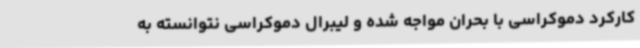
کارکرد دموکراسی با بحران مواجه شده و لیبرال دموکراسی نتوانسته به